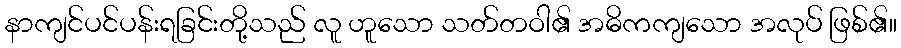
နာကျင်ပင်ပန်းရခြင်းတို့သည် လူ ဟူသော သတ်တဝါ၏ အဓိကကျသော အလုပ် ဖြစ်၏။